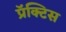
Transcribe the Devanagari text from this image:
प्रॅक्‍टिस